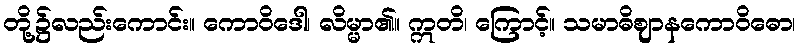
တို့၌လည်းကောင်း။ ကောဝိဒေါ၊ လိမ္မာ၏။ ဣတိ၊ ကြောင့်။ သမာဓိဈာနကောဝိဓော၊